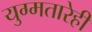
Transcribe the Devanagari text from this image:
युग्मतारेही